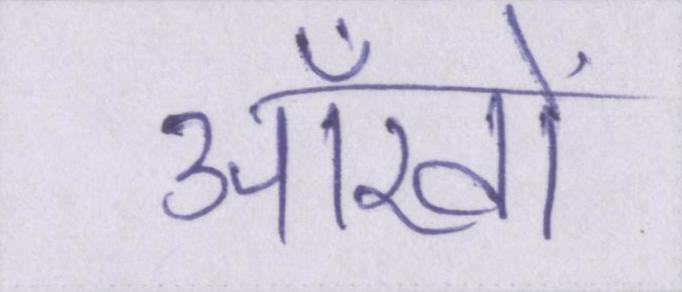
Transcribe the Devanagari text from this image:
आँखों